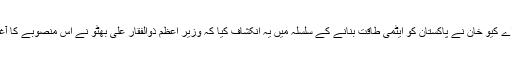
ڈاکٹر اے کیو خان نے پاکستان کو ایٹمی طاقت بنانے کے سلسلہ میں یہ انکشاف کیا کہ وزیر اعظم ذوالفقار علی بھٹو نے اس منصوبے کا آغاز کیا۔